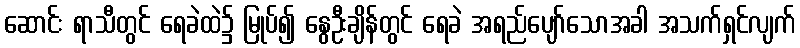
ဆောင်း ရာသီတွင် ရေခဲထဲ၌ မြုပ်၍ နွေဦးချိန်တွင် ရေခဲ အရည်ပျော်သောအခါ အသက်ရှင်လျက်